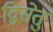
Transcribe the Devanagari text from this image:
द्विसेतु